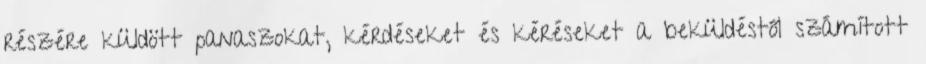
részére küldött panaszokat, kérdéseket és kéréseket a beküldéstől számított